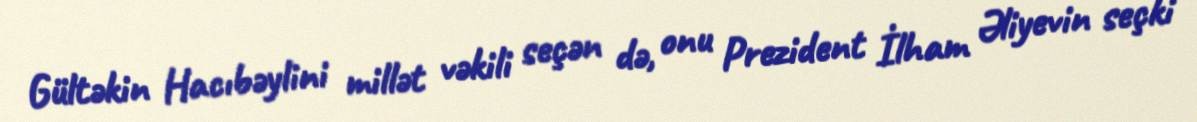
Gültəkin Hacıbəylini millət vəkili seçən də, onu Prezident İlham Əliyevin seçki